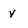
Character: v